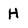
Character: H